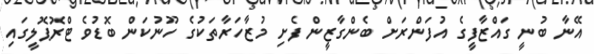
އޭނާ ބުނީ ގައްޒާފީގެ އުފަންރަށް ބެންގާޒީން ފެށި މުޒާހަރާތަކުގެ ހޫނުކަން ބޮޑުވެ ޓްރޮޕޮލީގައި